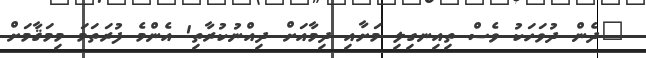
"ދެން ދުވަހަކު ވެސް ތިއިނގިލި މަށާއި ދިމާއަށް ދިއްނުކުރާތި! އެންމެ ފުރަތަމަ މިމަޤާމަށް